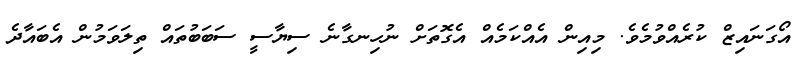
އޯގަނައިޒް ކުރެއްވުމެވެ. މިއިން އެއްކަމެއް އެގޮތަށް ނުހިނގާނެ ސިޔާސީ ސަބަބުތައް ތިލަވަމުން އެބައާދެ